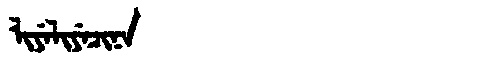
Manchu: ᠯᡳᠶᡝᠯᡳᠶᡝᠴᡳᠨᠠ
Romanization: LIYELIYECINA